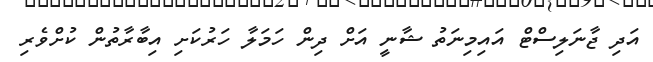
އަދި ޖާނަލިސްޓް އައިމިނަތު ޝާނީ އަށް ދިން ހަމަލާ ހަރުކަށި އިބާރާތުން ކުށްވެރި